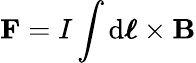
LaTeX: \mathbf{F}=I\int\mathrm{d}{\boldsymbol{\ell}}\times\mathbf{B}